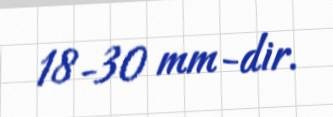
18-30 mm-dir.